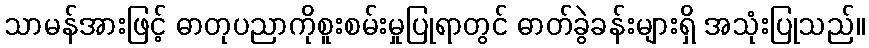
သာမန်အားဖြင့် ဓာတုပညာကိုစူးစမ်းမှုပြုရာတွင် ဓာတ်ခွဲခန်းများရှိ အသုံးပြုသည်။